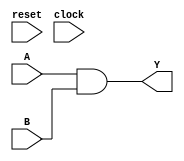
module NAME(input[31:0] A, input[31:0] B, input reset, input clock, output[31:0] Y);


assign Y = A & B;
endmodule